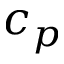
c _ { p }